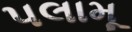
પલામૂ